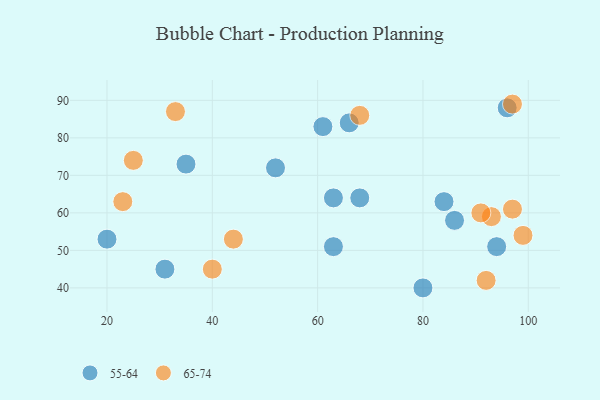
{"axis": {"x": "GDP", "y": "Life Expectancy"}, "legend": ["55-64", "65-74"], "data": [{"x": "84", "y": 63, "type": "55-64"}, {"x": "31", "y": 45, "type": "55-64"}, {"x": "66", "y": 84, "type": "55-64"}, {"x": "20", "y": 53, "type": "55-64"}, {"x": "61", "y": 83, "type": "55-64"}, {"x": "63", "y": 64, "type": "55-64"}, {"x": "94", "y": 51, "type": "55-64"}, {"x": "86", "y": 58, "type": "55-64"}, {"x": "35", "y": 73, "type": "55-64"}, {"x": "63", "y": 51, "type": "55-64"}, {"x": "80", "y": 40, "type": "55-64"}, {"x": "68", "y": 64, "type": "55-64"}, {"x": "96", "y": 88, "type": "55-64"}, {"x": "52", "y": 72, "type": "55-64"}, {"x": "33", "y": 87, "type": "65-74"}, {"x": "40", "y": 45, "type": "65-74"}, {"x": "97", "y": 61, "type": "65-74"}, {"x": "93", "y": 59, "type": "65-74"}, {"x": "44", "y": 53, "type": "65-74"}, {"x": "97", "y": 89, "type": "65-74"}, {"x": "25", "y": 74, "type": "65-74"}, {"x": "68", "y": 86, "type": "65-74"}, {"x": "23", "y": 63, "type": "65-74"}, {"x": "99", "y": 54, "type": "65-74"}, {"x": "92", "y": 42, "type": "65-74"}, {"x": "91", "y": 60, "type": "65-74"}]}